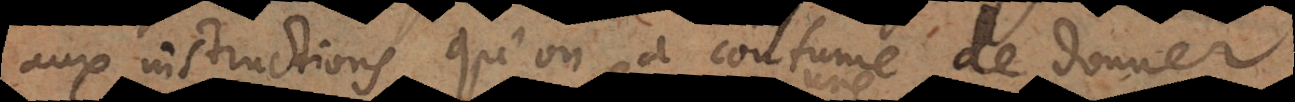
ux instructions qu’on a coustûme de donner